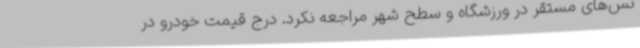
نس‌های مستقر در ورزشگاه و سطح شهر مراجعه نکرد. درج قیمت خودرو در